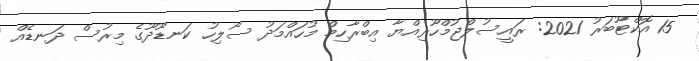
15 އޮކްޓޫބަރު 2021: ރައީސުލްޖުމްހޫރިއްޔާ އިބްރާހިމް މުހައްމަދު ސޯލިހު ކަނޑޫދޫގެ މިރުސް ދަނޑެއް